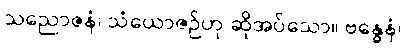
သညောဇနံ၊ သံယောဇဉ်ဟု ဆိုအပ်သော။ ဗန္ဓေနံ၊